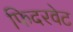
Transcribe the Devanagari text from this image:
फिदरवेट